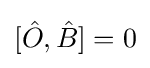
[{\hat {O}},{\hat {B}}]=0